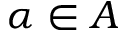
\alpha \in A